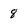
Character: 8